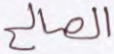
الصالح